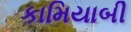
કામિયાબી